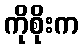
ကိုစိုးက